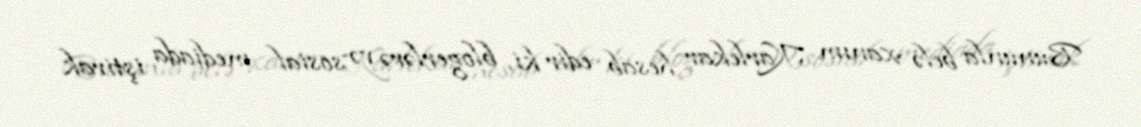
Bununla belə xanım Karlekar hesab edir ki, blogerlərə və sosial mediada iştirak